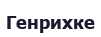
Генрихке